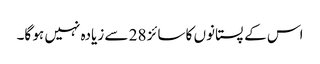
اس کے پستانوں کا سائز 28 سے زیادہ نہیں ہو گا۔